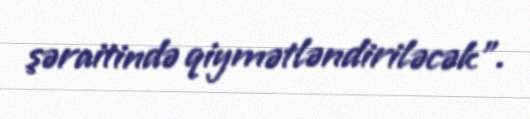
şəraitində qiymətləndiriləcək".